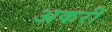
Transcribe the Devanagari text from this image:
अकरी